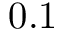
0 . 1